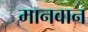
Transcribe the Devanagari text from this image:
मानवान